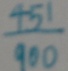
\frac { 4 5 1 } { 9 0 0 }